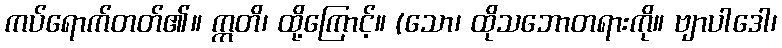
ကပ်ရောက်တတ်၏။ ဣတိ၊ ထို့ကြောင့်။ (သော၊ ထိုသဘောတရားကို။ ဗျာပါဒေါ၊